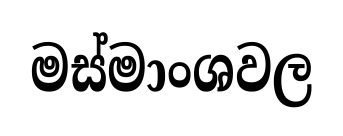
මස්මාංශවල